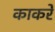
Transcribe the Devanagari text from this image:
काकरे